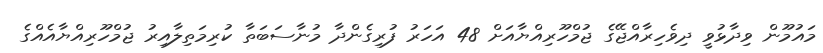
މައުމޫން ވިދާޅުވީ ދިވެހިރާއްޖޭގެ ޖުމްހޫރިއްޔާއަށް 48 އަހަރު ފުރިގެންދާ މުނާސަބަތާ ކުރިމަތިލާއިރު ޖުމްހޫރިއްޔާއެއްގެ